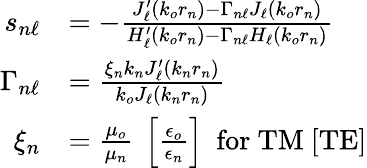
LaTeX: \begin{array}{rl}{s_{n\ell}}&{=-\frac{J_{\ell}^{\prime}\left(k_{o}r_{n}\right)-\Gamma_{n\ell}J_{\ell}\left(k_{o}r_{n}\right)}{H_{\ell}^{\prime}\left(k_{o}r_{n}\right)-\Gamma_{n\ell}H_{\ell}\left(k_{o}r_{n}\right)}}\\ {\Gamma_{n\ell}}&{=\frac{\xi_{n}k_{n}J_{\ell}^{\prime}\left(k_{n}r_{n}\right)}{k_{o}J_{\ell}\left(k_{n}r_{n}\right)}}\\ {\xi_{n}}&{=\frac{\mu_{o}}{\mu_{n}}~\left[\frac{\epsilon_{o}}{\epsilon_{n}}\right]~\mathrm{~for~}\mathrm{TM}~[\mathrm{TE}]}\end{array}